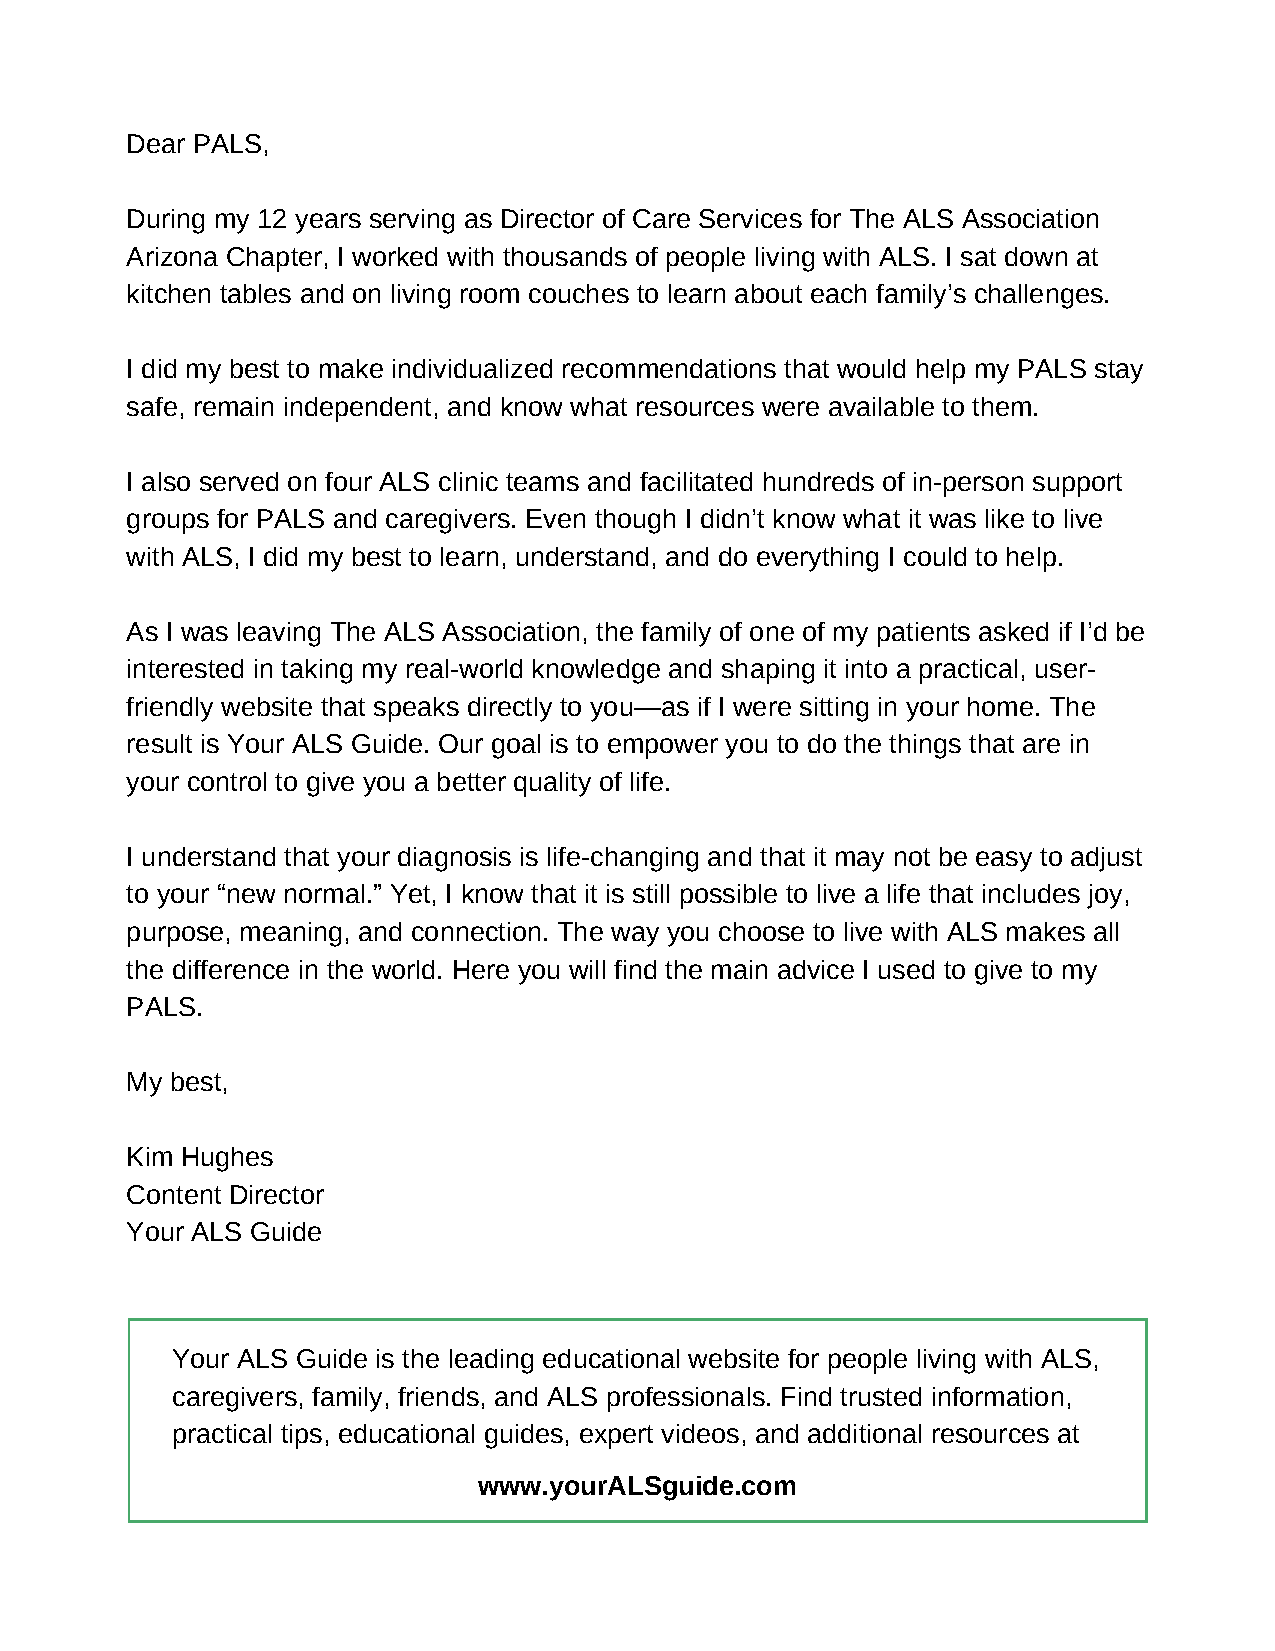
Dear PALS,
 During my 12 years serving as Director of Care Services for The ALS Association
 Arizona Chapter, I worked with thousands of people living with ALS. I sat down at
 kitchen tables and on living room couches to learn about each family’s challenges.
 I did my best to make individualized recommendations that would help my PALS stay
 safe, remain independent, and know what resources were available to them.
 I also served on four ALS clinic teams and facilitated hundreds of in-person support
 groups for PALS and caregivers. Even though I didn’t know what it was like to live
 with ALS, I did my best to learn, understand, and do everything I could to help.
 As I was leaving The ALS Association, the family of one of my patients asked if I’d be
 interested in taking my real-world knowledge and shaping it into a practical, user-
 friendly website that speaks directly to you—as if I were sitting in your home. The
 result is Your ALS Guide. Our goal is to empower you to do the things that are in
 your control to give you a better quality of life.
 I understand that your diagnosis is life-changing and that it may not be easy to adjust
 to your “new normal.” Yet, I know that it is still possible to live a life that includes joy,
 purpose, meaning, and connection. The way you choose to live with ALS makes all
 the difference in the world. Here you will find the main advice I used to give to my
 PALS.
 My best,
 Kim Hughes
 Content Director
 Your ALS Guide
 Your ALS Guide is the leading educational website for people living with ALS,
 caregivers, family, friends, and ALS professionals. Find trusted information,
 practical tips, educational guides, expert videos, and additional resources at
 www.yourALSguide.com